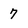
Character: 7